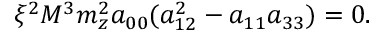
\xi ^ { 2 } M ^ { 3 } m _ { z } ^ { 2 } a _ { 0 0 } ( a _ { 1 2 } ^ { 2 } - a _ { 1 1 } a _ { 3 3 } ) = 0 .